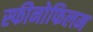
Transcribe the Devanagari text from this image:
स्फीनोफिलम